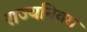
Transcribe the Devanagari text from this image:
राज्यनियम